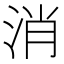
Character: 消